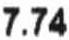
7.74